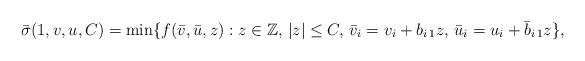
LaTeX: \begin{align*}\bar\sigma(1,v,u,C) = \min\{f(\bar v,\bar u,z) : z \in \mathbb{Z},\, |z| \leq C,\, \bar v_i = v_i + b_{i\,1} z,\, \bar u_i = u_i + \bar b_{i\,1} z \},\end{align*}